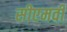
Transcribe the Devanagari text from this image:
सीएमवी